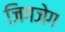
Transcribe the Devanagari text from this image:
जिगजेग